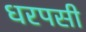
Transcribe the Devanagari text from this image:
धरपसी